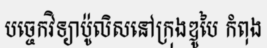
បច្ចេកវិទ្យាប៉ូលិសនៅក្រុងឌូបៃ កំពុង